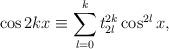
LaTeX: \begin{align*}\cos 2kx\equiv\sum_{l=0}^k t_{2l}^{2k}\cos^{2l}x,\end{align*}